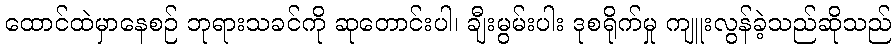
ထောင်ထဲမှာနေစဉ် ဘုရားသခင်ကို ဆုတောင်းပါ၊ ချီးမွမ်းပါး ဒုစရိုက်မှု ကျူးလွန်ခဲ့သည်ဆိုသည်